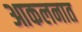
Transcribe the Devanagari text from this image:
आकलनात